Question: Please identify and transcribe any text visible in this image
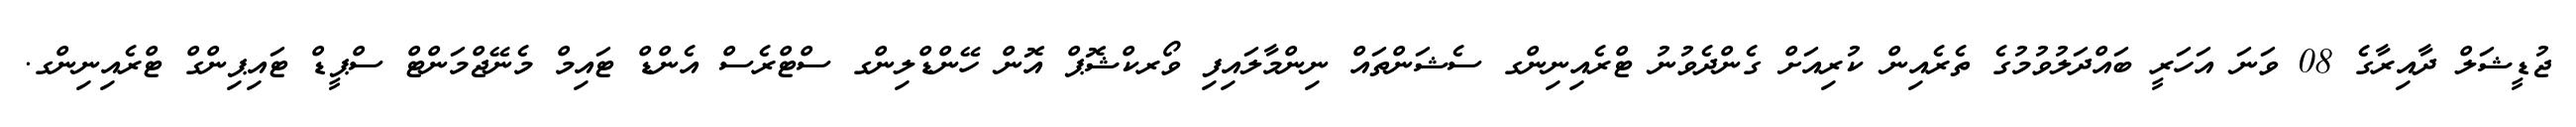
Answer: ޖުޑީޝަލް ދާއިރާގެ 08 ވަނަ އަހަރީ ބައްދަލުވުމުގެ ތެރެއިން ކުރިއަށް ގެންދެވުނު ޓްރެއިނިންގ ސެޝަންތައް ނިންމާލައިފި ވޯރކްޝޮޕް އޮން ހޭންޑްލިންގ ސްޓްރެސް އެންޑް ޓައިމް މެނޭޖްމަންޓް ސްޕީޑް ޓައިޕިންގް ޓްރެއިނިންގ.